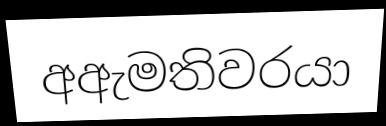
අඇමතිවරයා